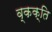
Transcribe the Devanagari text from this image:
व्कक्ति